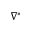
\nabla ^ { * }